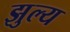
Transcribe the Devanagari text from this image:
झुल्य